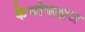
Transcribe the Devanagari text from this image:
केमोफ्लाज